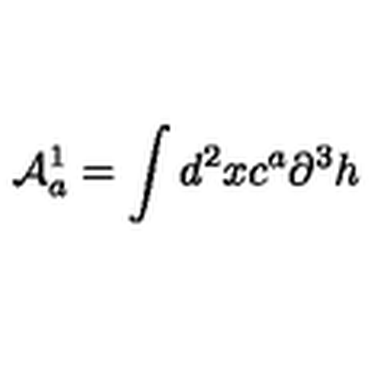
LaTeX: { \cal { A } } _ { a } ^ { 1 } = \int d ^ { 2 } x c ^ { a } \partial ^ { 3 } h